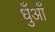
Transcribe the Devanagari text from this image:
धुँआँ